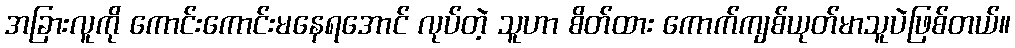
အခြားလူကို ကောင်းကောင်းမနေရအောင် လုပ်တဲ့ သူဟာ စိတ်ထား ကောက်ကျစ်ယုတ်မာသူပဲဖြစ်တယ်။